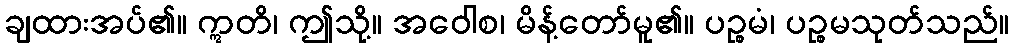
ချထားအပ်၏။ ဣတိ၊ ဤသို့။ အဝေါစ၊ မိန့်တော်မူ၏။ ပဉ္စမံ၊ ပဉ္စမသုတ်သည်။